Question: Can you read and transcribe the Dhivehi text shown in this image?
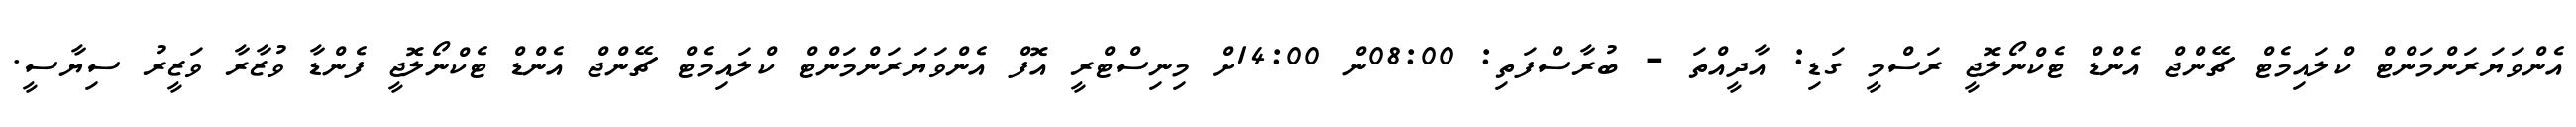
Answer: އެންވަޔަރަންމަންޓް ކްލައިމެޓް ޗޭންޖް އެންޑް ޓެކްނޯލޮޖީ ރަސްމީ ގަޑި: އާދީއްތަ - ބުރާސްފަތި: 08:00ން 14:00ށް މިނިސްޓްރީ އޮފް އެންވަޔަރަންމަންޓް ކްލައިމެޓް ޗޭންޖް އެންޑް ޓެކްނޯލޮޖީ ފެންޑާ ވުޒާރާ ވަޒީރު ސިޔާސީ.